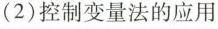
(2)控制变量法的应用